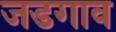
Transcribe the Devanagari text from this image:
जडगाव